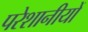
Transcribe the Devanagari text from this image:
परेशानीयों